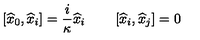
\left[ \widehat { x } _ { 0 } , \widehat { x } _ { i } \right] = { \frac { i } { \kappa } } \widehat { x } _ { i } \qquad \left[ \widehat { x } _ { i } , \widehat { x } _ { j } \right] = 0